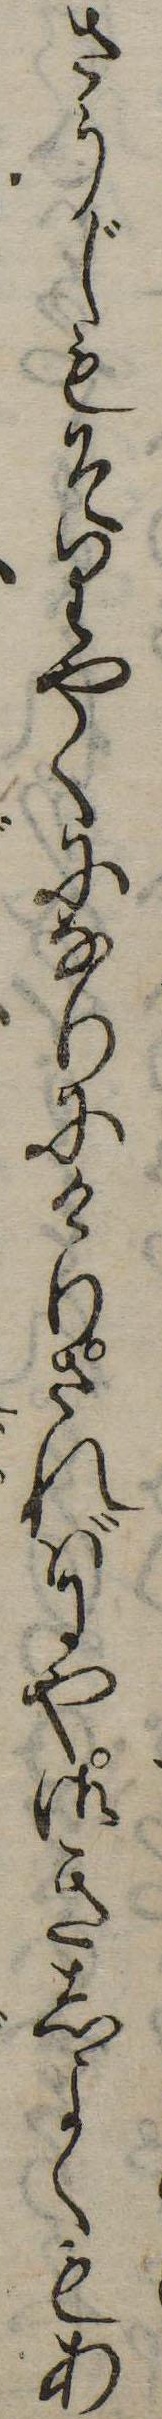
さうじもそりやくになりにけりさればにや御きしよくもあ